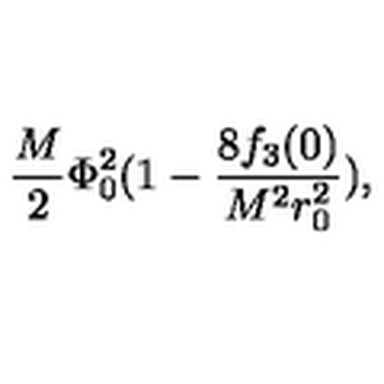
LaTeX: \frac { M } { 2 } \Phi _ { 0 } ^ { 2 } ( 1 - \frac { 8 f _ { 3 } ( 0 ) } { M ^ { 2 } r _ { 0 } ^ { 2 } } ) ,